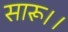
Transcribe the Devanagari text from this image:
सारू।।